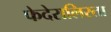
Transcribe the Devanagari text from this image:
फेदेरालिस्ता